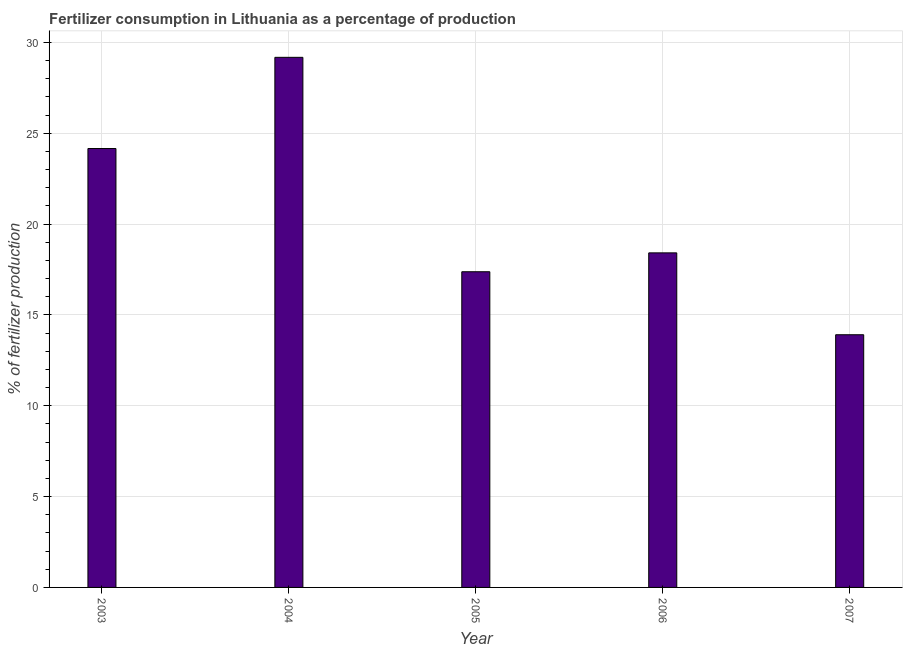
| Year | Fertilizer consumption |
 | --- | --- |
 | 2003 | 24.2 |
 | 2004 | 29.2 |
 | 2005 | 17.4 |
 | 2006 | 18.4 |
 | 2007 | 13.9 |